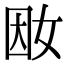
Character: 𡜭